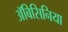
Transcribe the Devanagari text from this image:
अॅबिसिनिया